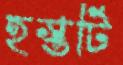
হস্তটি